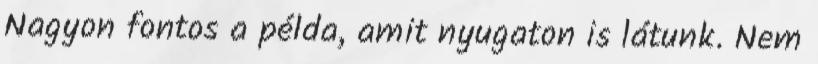
Nagyon fontos a példa, amit nyugaton is látunk. Nem